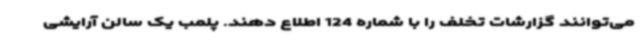
می‌توانند گزارشات تخلف را با شماره 124 اطلاع دهند. پلمب یک سالن آرایشی